Leaving Certificate Examination (including Day School Certificate (Higher) General paper), 1930
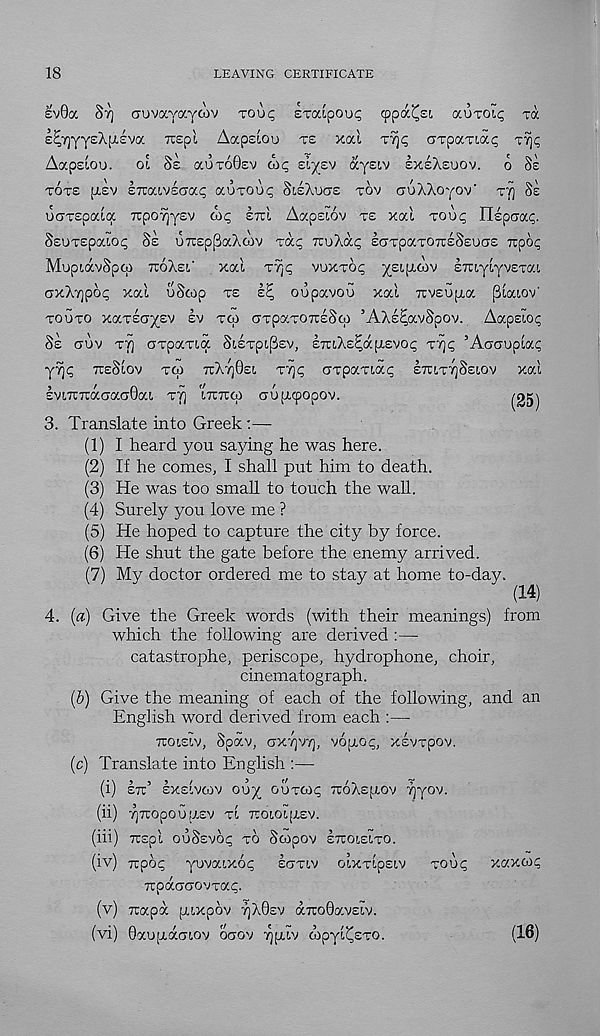
18
LEAVING CERTIFICATE
£v0oc §7] auvayayaiv xouc; Exaipouc; cppa^Ei auxoit; xa
E^TjyyeXpLsva TOpl Aapsiou xe xal x% axpaxiai; xTjq
Aapeiou. ol SE auxoGsv
eiypj aysiv EXEXEUOV. O SE
XOXE [LEV ETOCivEcrac; auxou^ SIEXUGE XOV (juXXoyov - xf) SE
uo-xspaia 7rpo~7]y£v Ai; ETTI Aapsiov XE xal TOUQ rispaa?.
SsuxEpalot; SE urcEppaXAv xac; 7ri)Xa<; EGxpaxOTUESEUUE irpoi;
MupiavSpco TTOXEL' xal xr^ vuxxo<; yziyLtov ETuylyvsxat.
GxX7]po<^ xal uScop XE kE, oupavou xal TtvEupta plaiov'
xouxo xaxsaysv sv xco cxpaxOTTsSoi ’AXs^avSpov. Aapslo^
SE CIUV XT) axpaxia SiExpi^sv, ETuXE^aptEvo^ XT]I; ’Aaauplai;
yY)<; TTESIOV XCO 7rX7j0£[. x7]<; axpaxia^ ETCixySsiov xal
EviTCTiaGacjOai x^ 'iTrirw auptcpopov.
3. Translate into Greek :—
(1) I heard you saying he was here.
(2) If he comes, I shall put him to death.
(3) He was too small to touch the wall.
(4) Surely you love me ?
(5) He hoped to capture the city by force.
(6) He shut the gate before the enemy arrived.
(7) My doctor ordered me to stay at home to-day.
(14)
4. (a) Give the Greek words (with their meanings) from
which the following are derived :—
catastrophe, periscope, hydrophone, choir,
cinematograph.
(b) Give the meaning of each of the following, and an
English word derived from each :—
TCOLSIV, Spav, CjXTjVY], VOUO^, XEVXpOV.
(c) Translate into English :—
(i) zr^: ,
EXEIVCOV OU^ ooxcoc; TTOXEJXOV Tjyov.
(ii) YjTTOpOUUSV xl TUOlol|X£V.
(hi) Ttspl OuSsVOc; XO Scopov ETTOIEIXO.
(iv) Tupo^ yovaixo^ EGXLV oixxlpsiv xou<; xaxox;
TTpaCTCTOVxa^.
(v) Tcapa [xixpov 7]X0EV aTtohavsiv.
(vi) 0autj.aGi.ov OGOV jj.lv Apyl^Exo.
(16)